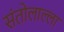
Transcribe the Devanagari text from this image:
संतोलाल्ला